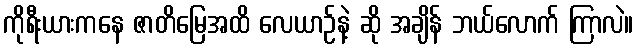
ကိုရီးယားကနေ ဇာတိမြေအထိ လေယာဉ်နဲ့ ဆို အချိန် ဘယ်လောက် ကြာလဲ။